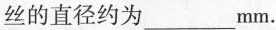
丝的直径约为 ___ mm.